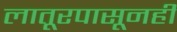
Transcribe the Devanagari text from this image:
लातूरपासूनही